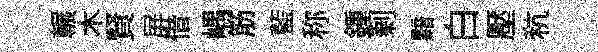
輾木賢屏借嵎筋藍称鍾剰黯白壓秔